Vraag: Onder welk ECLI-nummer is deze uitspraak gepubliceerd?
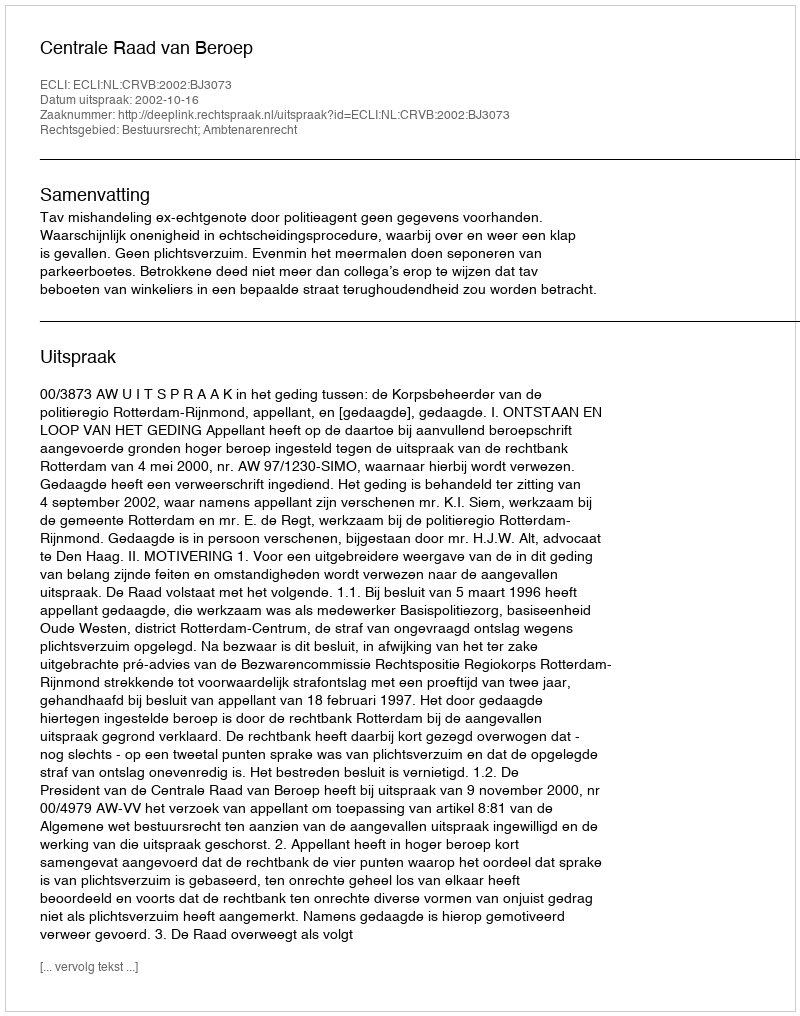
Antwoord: ECLI:NL:CRVB:2002:BJ3073